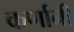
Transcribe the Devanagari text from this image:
कर्णानी